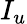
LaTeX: I_{u}